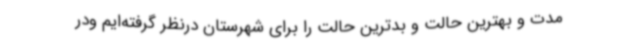
مدت و بهترین حالت و بدترین حالت را برای شهرستان درنظر گرفته‌ایم ودر